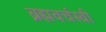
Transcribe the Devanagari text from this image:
ब्रह्मवर्चस्वी